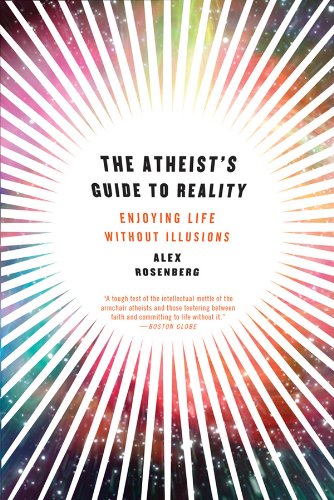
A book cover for The Atheist's Guide to Reality: Enjoying Life without Illusions; Alex Rosenberg; Religion & Spirituality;